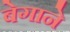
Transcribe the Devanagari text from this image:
बेगाने